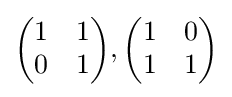
{\begin{pmatrix}1&1\\0&1\end{pmatrix}},{\begin{pmatrix}1&0\\1&1\end{pmatrix}}